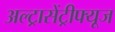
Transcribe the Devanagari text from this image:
अल्ट्रासेंट्रीफ्यूज